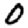
Digit: 0